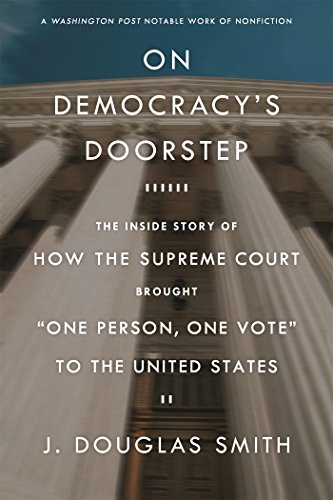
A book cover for On Democracy's Doorstep: The Inside Story of How the Supreme Court Brought "One Person, One Vote" to the United States; J. Douglas Smith; Law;